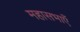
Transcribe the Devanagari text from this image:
महासभाएँ